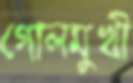
গোলমুখী